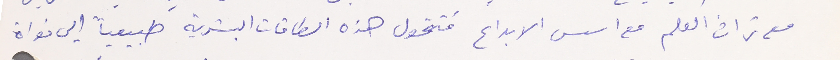
مع تراث العلم مع اسس الابداع فتحول هذه الطاقات البشرية طبيعياً إلى نواة